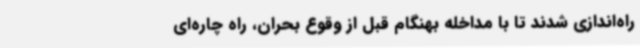
راه‌اندازی شدند تا با مداخله بهنگام قبل از وقوع بحران، راه چاره‌ای